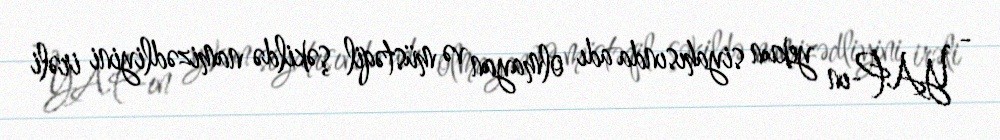
- YAP-ın yekun siyahısında adı olmayan və müstəqil şəkildə namizədliyini irəli